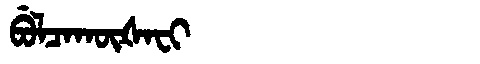
Manchu: ᠪᡠᠯᠴᠠᡴᡡᡧᠠᠸᡳ
Romanization: BULCAKŪŠAFI